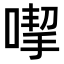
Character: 𠹙